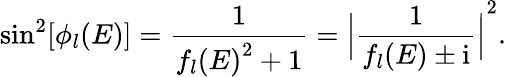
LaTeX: \sin^{2}[\phi_{l}(E)]=\frac{1}{{f_{l}(E)}^{2}+1}={\Big|\frac{1}{f_{l}(E)\pm\mathrm{i}}\Big|}^{2}.